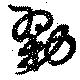
勠